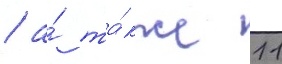
/ а́ та́кже 11